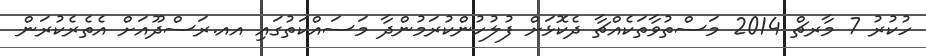
ހުކުރު 7 މާރޗް 2014 މަސްތުވާތަކެއްޗާ ދެކޮޅަށް ފުލުހުންކުރަމުންދާ މަސައްކަތުގައި އއ.ރަސްދޫއަށް އެތެރެކުރަން